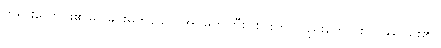
ဘုရားလောင်း၏မြင်ခြင်းမက်သော အိပ်မက်ကြီးငါးပါးကို လည်းကောင်း။ ဝဿ၊ မိုး၏။